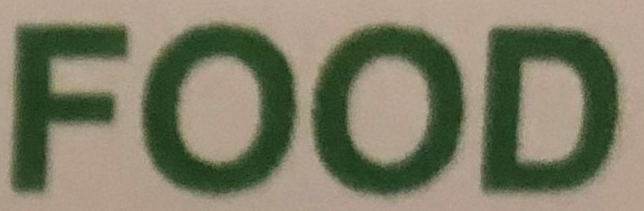
FOOD